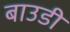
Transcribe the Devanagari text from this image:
बाउडी